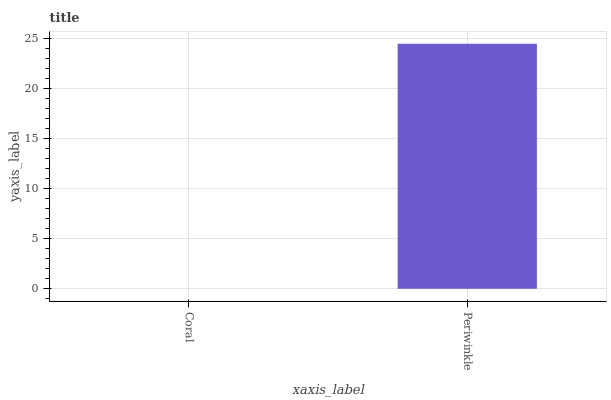
| xaxis_label | bars |
 | --- | --- |
 | Coral | 0 |
 | Periwinkle | 24.5 |